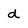
Character: d